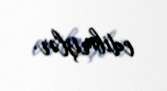
edibmişlər.